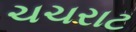
ચચરાટ